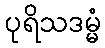
ပုရိသဒမ္မံ